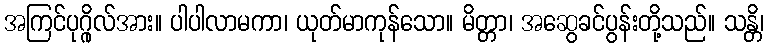
အကြင်ပုဂ္ဂိုလ်အား။ ပါပါလာမကာ၊ ယုတ်မာကုန်သော။ မိတ္တာ၊ အဆွေခင်ပွန်းတို့သည်။ သန္တိ၊